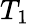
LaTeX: T_{1}